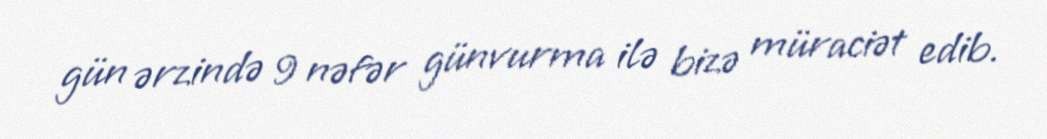
gün ərzində 9 nəfər günvurma ilə bizə müraciət edib.